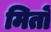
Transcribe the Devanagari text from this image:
मितों